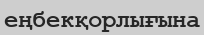
еңбекқорлығына